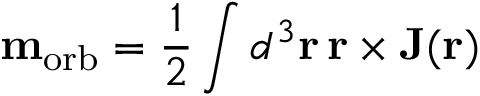
\mathbf { m } _ { \mathrm { { o r b } } } = { \frac { 1 } { 2 } } \int d ^ { 3 } \mathbf { r } \, \mathbf { r } \times \mathbf { J } ( \mathbf { r } )